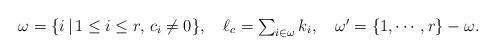
LaTeX: \begin{align*}\textstyle\omega=\{i\,|\,1\le i\le r,\, c_i\ne 0\},~~~ \ell_c=\sum_{i\in\omega}k_i, ~~~ \omega'=\{1,\cdots,r\}-\omega.\end{align*}